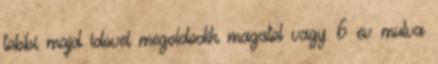
tobbi majd idovel megoldodik magatol vagy 6 ev mulva